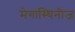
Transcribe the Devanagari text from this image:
मेगास्थिनीज